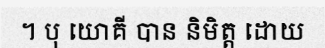
។ បុ យោគី បាន និមិត្ត ដោយ